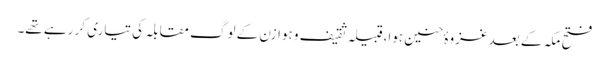
فتح مکہ کے بعد غزوہٴ حنین ہوا،قبیلہ ثقیف و ہوازن کے لوگ مقابلہ کی تیاری کر رہے تھے۔